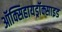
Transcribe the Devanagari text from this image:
ऑक्सिहायड्रॉक्साइड